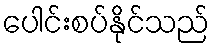
ပေါင်းစပ်နိုင်သည်